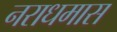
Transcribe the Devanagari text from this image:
नराधमास